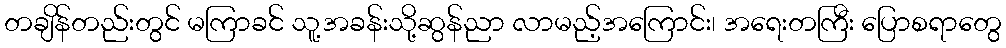
တချိန်တည်းတွင် မကြာခင် သူ့အခန်းသို့ဆွန်ညာ လာမည့်အကြောင်း၊ အရေးတကြီး ပြောစရာတွေ